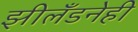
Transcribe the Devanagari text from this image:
झीलँडनेही